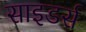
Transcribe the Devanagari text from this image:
साइडर्स